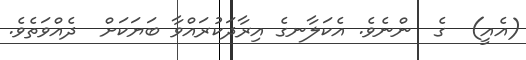
(އެއީ)  ގެ  ންނެވެ. އެކަލާނގެ އިރާދަކުރައްވާ ބަޔަކަށް  ދެއްވަތެވެ.